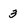
Character: 3